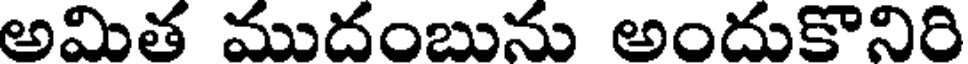
అమిత ముదంబును అందుకొనిది